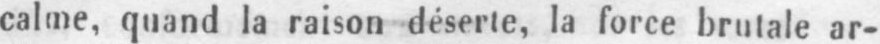
calme, quand la raison déserte, la force brutale ar-